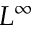
L ^ { \infty }